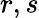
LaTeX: r,s